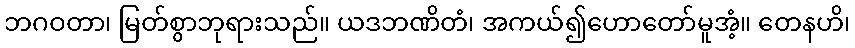
ဘဂဝတာ၊ မြတ်စွာဘုရားသည်။ ယဒဘဏိတံ၊ အကယ်၍ဟောတော်မူအံ့။ တေနဟိ၊